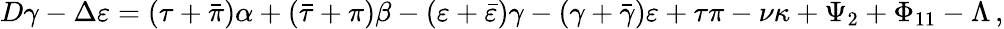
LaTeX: D\gamma-\Delta\varepsilon=(\tau+{\bar{\pi}})\alpha+({\bar{\tau}}+\pi)\beta-(\varepsilon+{\bar{\varepsilon}})\gamma-(\gamma+{\bar{\gamma}})\varepsilon+\tau\pi-\nu\kappa+\Psi_{2}+\Phi_{11}-\Lambda\, ,